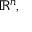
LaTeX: \mathbb { R } ^ { n } ,